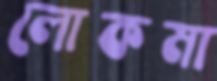
লোকমা